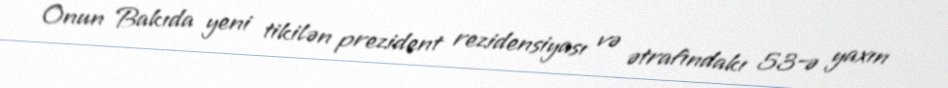
Onun Bakıda yeni tikilən prezident rezidensiyası və ətrafındakı 53-ə yaxın